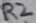
Text: R2